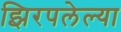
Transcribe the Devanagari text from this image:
झिरपलेल्या